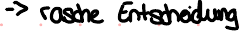
-> rasche Entscheidung